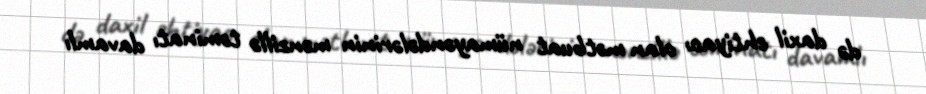
də daxil ehtiyacı olan mətbuat nümayəndələrinin mənzillə təminatı davamlı